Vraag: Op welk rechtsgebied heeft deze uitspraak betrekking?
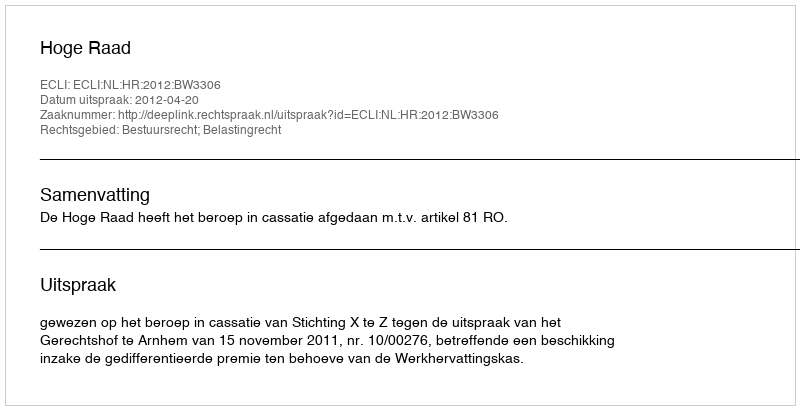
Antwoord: Bestuursrecht; Belastingrecht